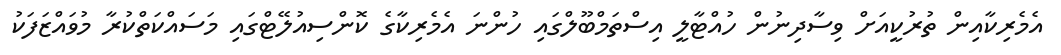
އެމެރިކާއިން ތުރުކީއަށް ވިސާދިނުން ހުއްޓާލީ އިސްތަމްބޫލްގައި ހުންނަ އެމެރިކާގެ ކޮންސިއުލޭޓްގައި މަސައްކަތްކުރާ މުވައްޒަފަކު